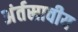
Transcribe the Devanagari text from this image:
अंर्तस्रावीय